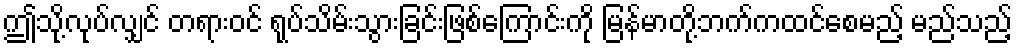
ဤသို့လုပ်လျှင် တရားဝင် ရုပ်သိမ်းသွားခြင်းဖြစ်ကြောင်းကို မြန်မာတို့ဘက်ကထင်စေမည့် မည်သည့်